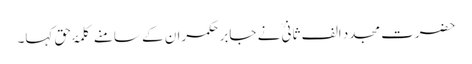
حضرت مجدد الف ثانیؒ نے جابر حکمران کے سامنے کلمۂ حق کہا۔